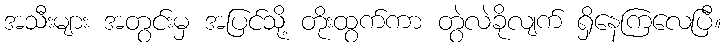
အသီးများ အတွင်းမှ အပြင်သို့ တိုးထွက်ကာ တွဲလဲခိုလျက် ရှိနေကြလေပြီ။